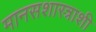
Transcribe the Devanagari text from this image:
मानसशास्त्राशी